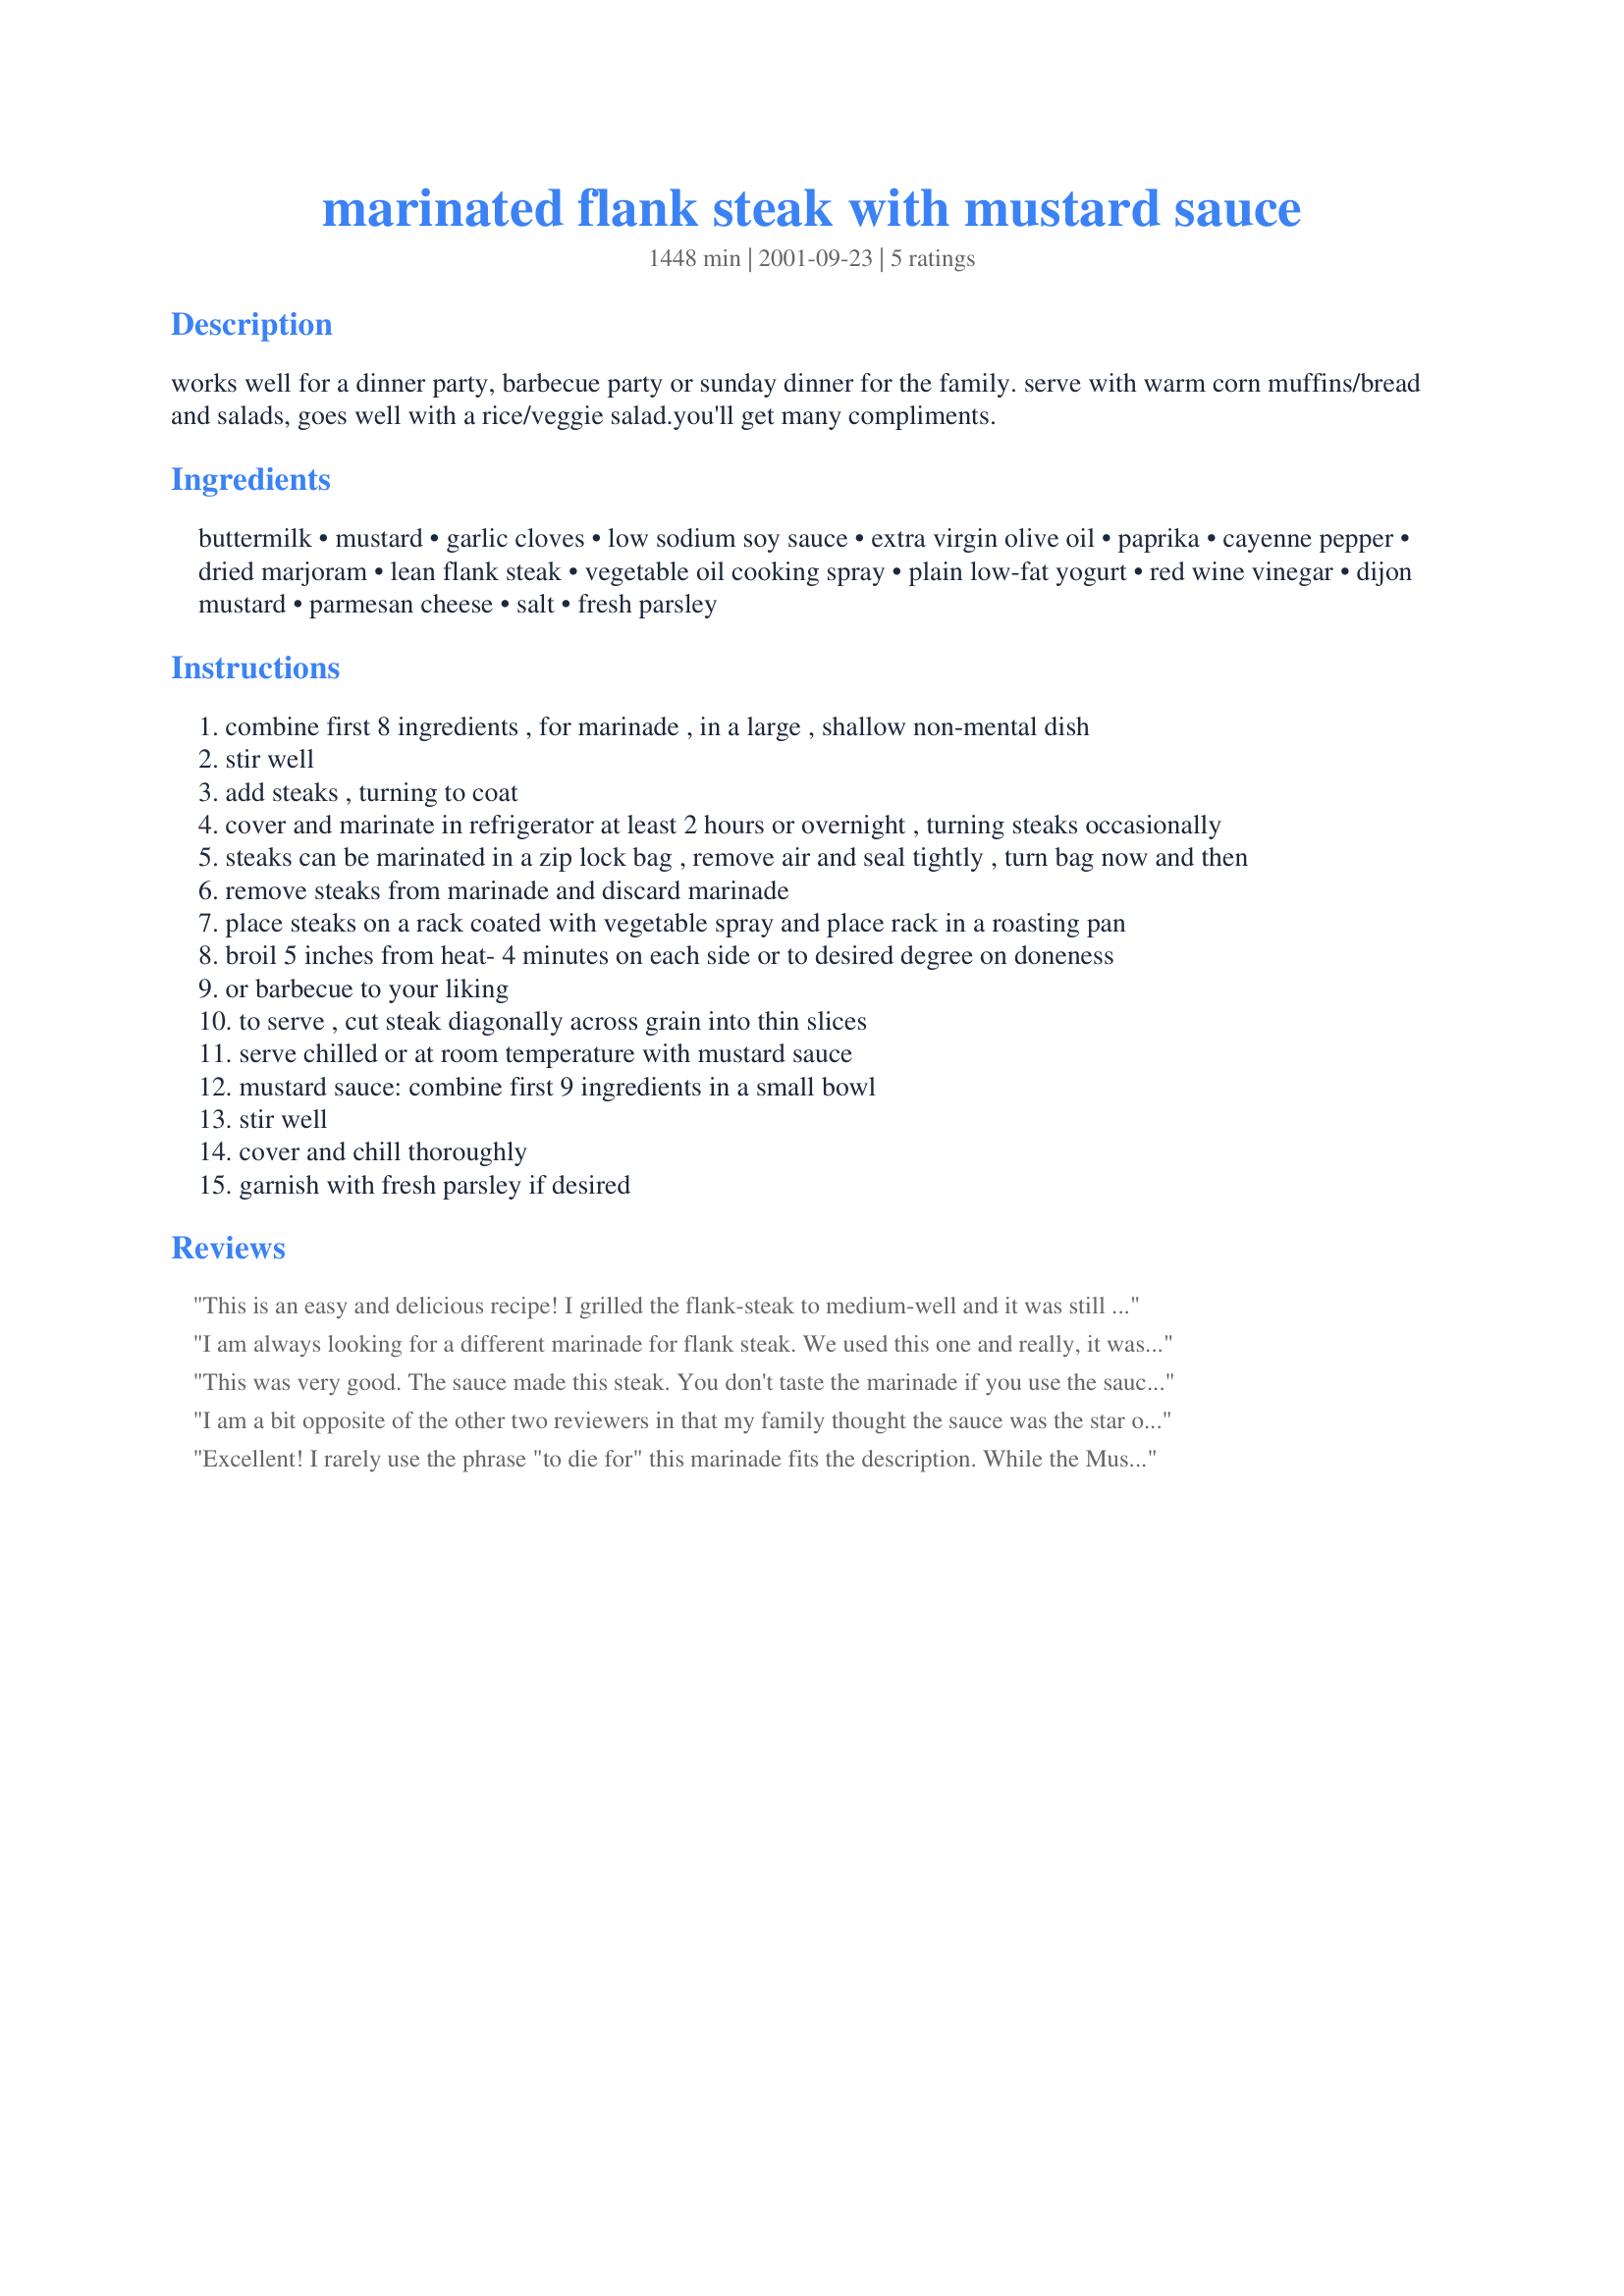
marinated flank steak with mustard sauce
Preparation time: 1448 minutes

works well for a dinner party, barbecue party or sunday dinner for the family. serve with warm corn muffins/bread and salads, goes well with a rice/veggie salad.you'll get many compliments.

Ingredients:
buttermilk, mustard, garlic cloves, low sodium soy sauce, extra virgin olive oil, paprika, cayenne pepper, dried marjoram, lean flank steak, vegetable oil cooking spray, plain low-fat yogurt, red wine vinegar, dijon mustard, parmesan cheese, salt, fresh parsley

Steps:
combine first 8 ingredients , for marinade , in a large , shallow non-mental dish
stir well
add steaks , turning to coat
cover and marinate in refrigerator at least 2 hours or overnight , turning steaks occasionally
steaks can be marinated in a zip lock bag , remove air and seal tightly , turn bag now and then
remove steaks from marinade and discard marinade
place steaks on a rack coated with vegetable spray and place rack in a roasting pan
broil 5 inches from heat- 4 minutes on each side or to desired degree on doneness
or barbecue to your liking
to serve , cut steak diagonally across grain into thin slices
serve chilled or at room temperature with mustard sauce
mustard sauce: combine first 9 ingredients in a small bowl
stir well
cover and chill thoroughly
garnish with fresh parsley if desired

Reviews:
This is an easy and delicious recipe! I grilled the flank-steak to medium-well and it was still very juice and tasty from the marinade -- do it all day or at least several hours. Did not need the sauce, but was extra good with. Agree it goes great with cornbread! And grill some zucchini while you're at it -- sweet compliment.
I am always looking for a different marinade for flank steak. We used this one and really, it was just ok. It does have possibilities, though. I think next time I'll load it up with garlic, and add some sliced onions, and rosemary and lots of freshly cracked peppercorns.
This was very good. The sauce made this steak. You don't taste the marinade if you use the sauce. This was a keeper for my husband. I will use this sauce on other dishes.
I am a bit opposite of the other two reviewers in that my family thought the sauce was the star of this recipe and the steak was okay. I had marinated the steak overnight only to be greeted by a massive thunderstorm by dinnertime, thus rendering our barbeque grill unusable. We ended up broiling the steak, which got an odd flavor from the buttermilk. I suspect it would have been so much better on the grill but did not want to risk my husband's well being with all the lightning and rain. :) At any rate, the sauce was sublime! I used Creole mustard which gave it a great kick and then we made the most wonderful discovery. I made Roasted Sweet Potato Sticks #55989 to serve along with this recipe and we found that this mustard sauce made the absolute PERFECT dip for the sweet potato sticks. In fact, I plan to make this mustard sauce again and again to serve with the sweet potatoes and have already made the recipe again last night. Thanks for sharing a great recipe. I will try the steak again when it is safe to barbeque outside, I'm sure the smoky grill flavor will compliment the tang of the buttermilk marinade much better!
Excellent! I rarely use the phrase "to die for" this marinade fits the description. While the Mustard Sauce delicious, it was soon abandoned. No one wanted to mess with the superb taste of the marinaded steak. I made the recipe as directed and marinated the steak for 6 hours. I served the steak with your Tomatoes Provencale and chia's New Potato Salad. Thanks Dorothy, this recipe is a treasure!
